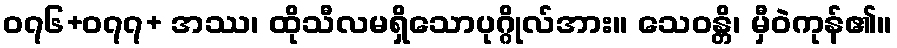
၀၇၆+၀၇၇+ အဿ၊ ထိုသီလမရှိသောပုဂ္ဂိုလ်အား။ သေဝန္တိ၊ မှီဝဲကုန်၏။